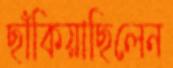
ছাঁকিয়াছিলেন